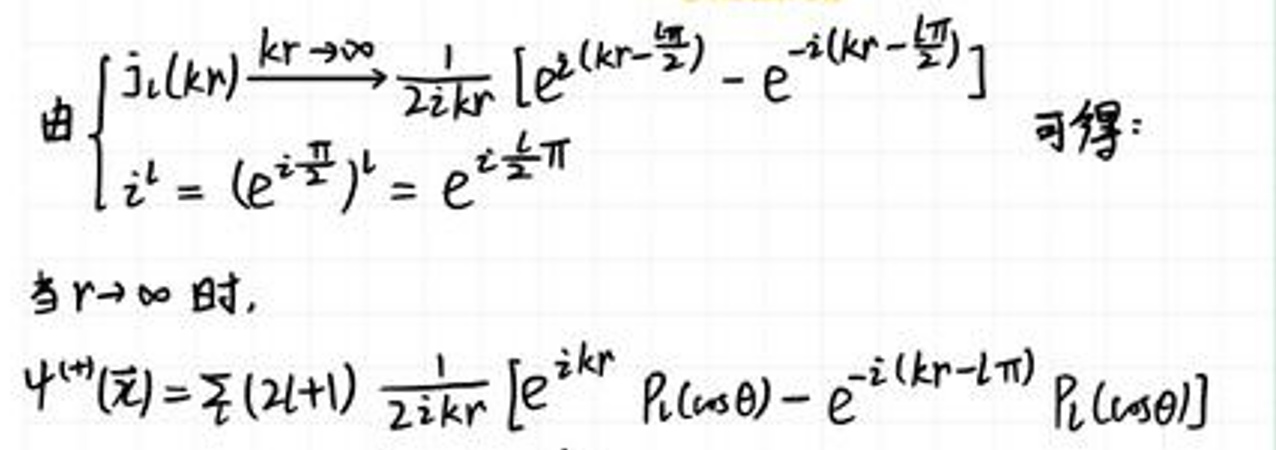
由\(\left[j_{l}(kr)\xrightarrow{kr\rightarrow\infty}\frac{1}{2ikr}\left[e^{i(kr-\frac{l\pi}{2})}-e^{-i(kr-\frac{l\pi}{2})}\right]\right]\)

可得：\(i^{l}=(e^{i\frac{\pi}{2}})^{l}=e^{i\frac{l\pi}{2}}\)

当\(r\rightarrow\infty\)时，

\(\psi^{(+)}({\vec{r}})=\frac{i}{2}(2l + 1)\frac{1}{2ikr}\left[e^{ikr}P_{l}(\cos\theta)-e^{-i(kr - l\pi)}P_{l}(\cos\theta)\right]\)